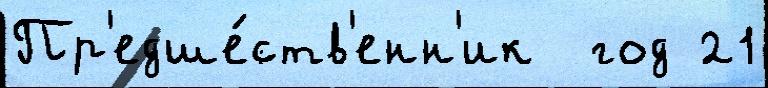
Пр'едше́ств'енн'ик  год 21